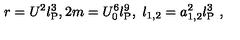
r = U ^ { 2 } l _ { \mathrm { P } } ^ { 3 } , 2 m = U _ { 0 } ^ { 6 } l _ { \mathrm { P } } ^ { 9 } , \ \l _ { 1 , 2 } = a _ { 1 , 2 } ^ { 2 } l _ { \mathrm { P } } ^ { 3 } \ ,